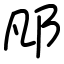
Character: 𨙮